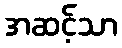
အဆင့်သာ